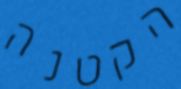
הקטנה